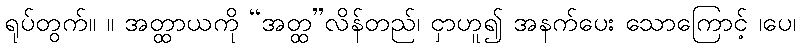
ရုပ်တွက်။ ။ အတ္ထာယကို “အတ္ထ”လိန်တည်၊ ငှာဟူ၍ အနက်ပေး သောကြောင့် ၊ပေ၊